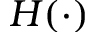
H ( \cdot )